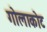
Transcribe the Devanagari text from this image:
गोलाकोट